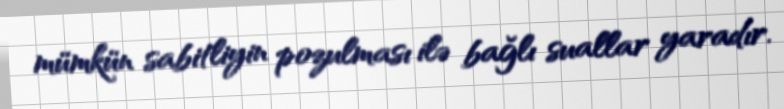
mümkün sabitliyin pozulması ilə bağlı suallar yaradır.